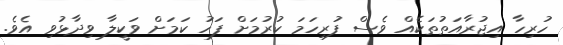
ހުރިހާ އިޖުރާއަތުތަކެއް ވެސް ފުރިހަމަ ކުރުމަށް ފަހު ކަމަށް ވަކީލާ ވިދާޅުވި އެވެ.